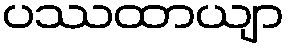
ပဿထာယျာ